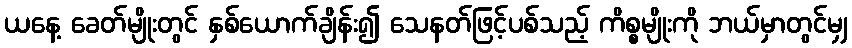
ယနေ့ ခေတ်မျိုးတွင် နှစ်ယောက်ချိန်း၍ သေနတ်ဖြင့်ပစ်သည့် ကိစ္စမျိုးကို ဘယ်မှာတွင်မျှ